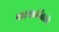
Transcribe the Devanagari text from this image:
फायलींवरचे